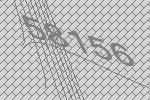
58156